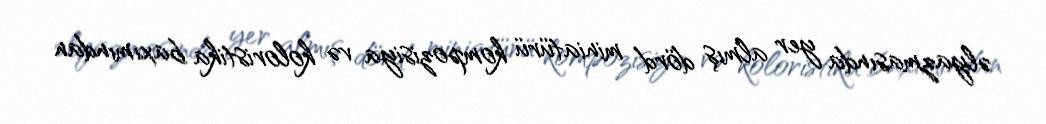
əlyazmasında yer almış dörd miniatürü kompozisiya və koloristika baxımından